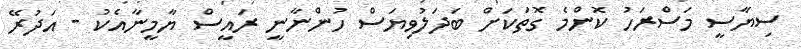
ސިޔާސީ މަސްރަހު ކޮންމެ ގޮތަކަށް ބަދަލުވިޔަސް ހުންނާނީ ރައީސް ޔާމީނާއެކު - އަދުރޭ